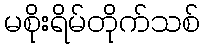
မစိုးရိမ်တိုက်သစ်